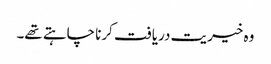
وہ خیریت دریافت کرنا چاہتے تھے۔